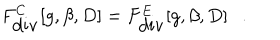
LaTeX: F _ { \mathrm { d i v } } ^ { C } [ g , \beta , D ] = F _ { \mathrm { d i v } } ^ { E } [ g , \beta , D ] .